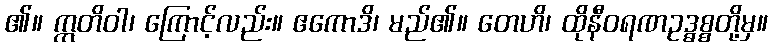
၏။ ဣတိဝါ၊ ကြောင့်လည်း။ ဧကောဒိ၊ မည်၏။ တေဟိ၊ ထိုနီဝရဏဥဒ္ဓစ္စတို့မှ။